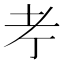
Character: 𦒱